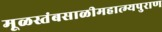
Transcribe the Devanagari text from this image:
मूळस्तंबसाळीमहात्म्यपुराण